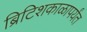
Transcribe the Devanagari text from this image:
ब्रिटिशकाळापर्यंत